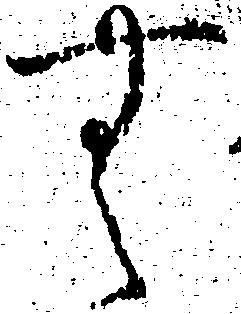
無